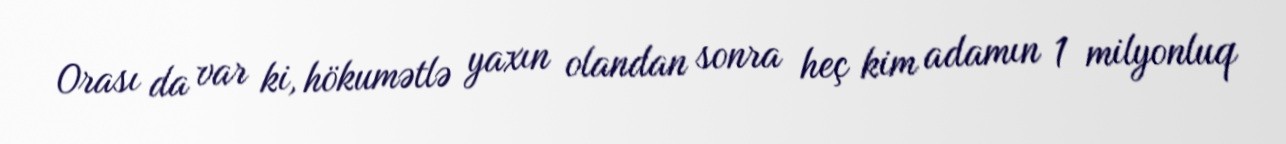
Orası da var ki, hökumətlə yaxın olandan sonra heç kim adamın 1 milyonluq